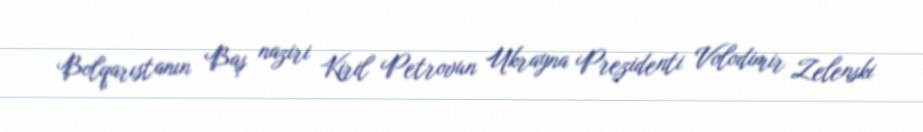
Bolqarıstanın Baş naziri Kiril Petrovun Ukrayna Prezidenti Volodimir Zelenski